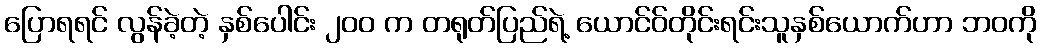
ပြောရရင် လွန်ခဲ့တဲ့ နှစ်ပေါင်း ၂၀၀ က တရုတ်ပြည်ရဲ့ ယောင်ဝ်တိုင်းရင်းသူနှစ်ယောက်ဟာ ဘဝကို